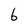
Character: 6